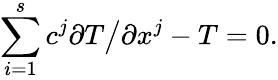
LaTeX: \sum_{i=1}^{s}c^{j}\partial T\bigl/\partial x^{j}-T=0.